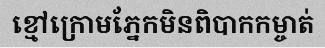
ខ្មៅក្រោមភ្នែកមិនពិបាកកម្ចាត់